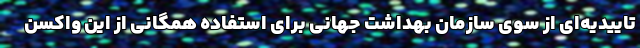
تاییدیه‌ای از سوی سازمان بهداشت جهانی برای استفاده همگانی از این واکسن